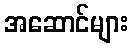
အဆောင်များ